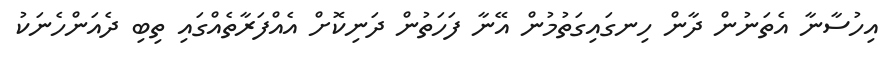
އިހުސާނާ އެތަނުން ދާން ހިނގައިގަތުމުން އޭނާ ފަހަތުން ދަނިކޮށް އެއްފަރާތެއްގައި ތިބި ދެއަންހެނަކު